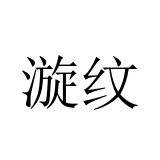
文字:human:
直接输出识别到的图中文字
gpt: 漩纹